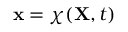
{ \bf x } = \boldsymbol { \chi } ( { \bf X } , t )